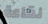
لقاعة